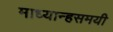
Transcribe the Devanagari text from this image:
माध्यान्हसमयी